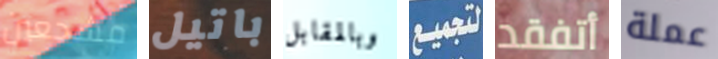
مشجعين باتيل وبالمقابل لتجميع أتفقد عملة